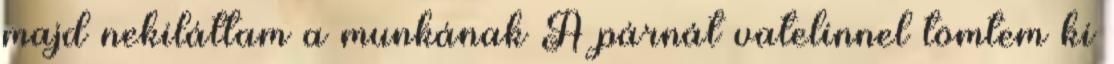
majd nekiláttam a munkának A párnát vatelinnel tömtem ki